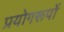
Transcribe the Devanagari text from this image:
प्रयोगरूपों